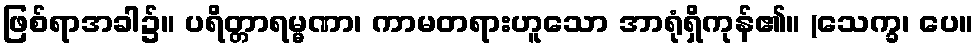
ဖြစ်ရာအခါ၌။ ပရိတ္တာရမ္မဏာ၊ ကာမတရားဟူသော အာရုံရှိကုန်၏။ (သေက္ခ၊ ပေ။